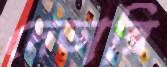
দেভারি